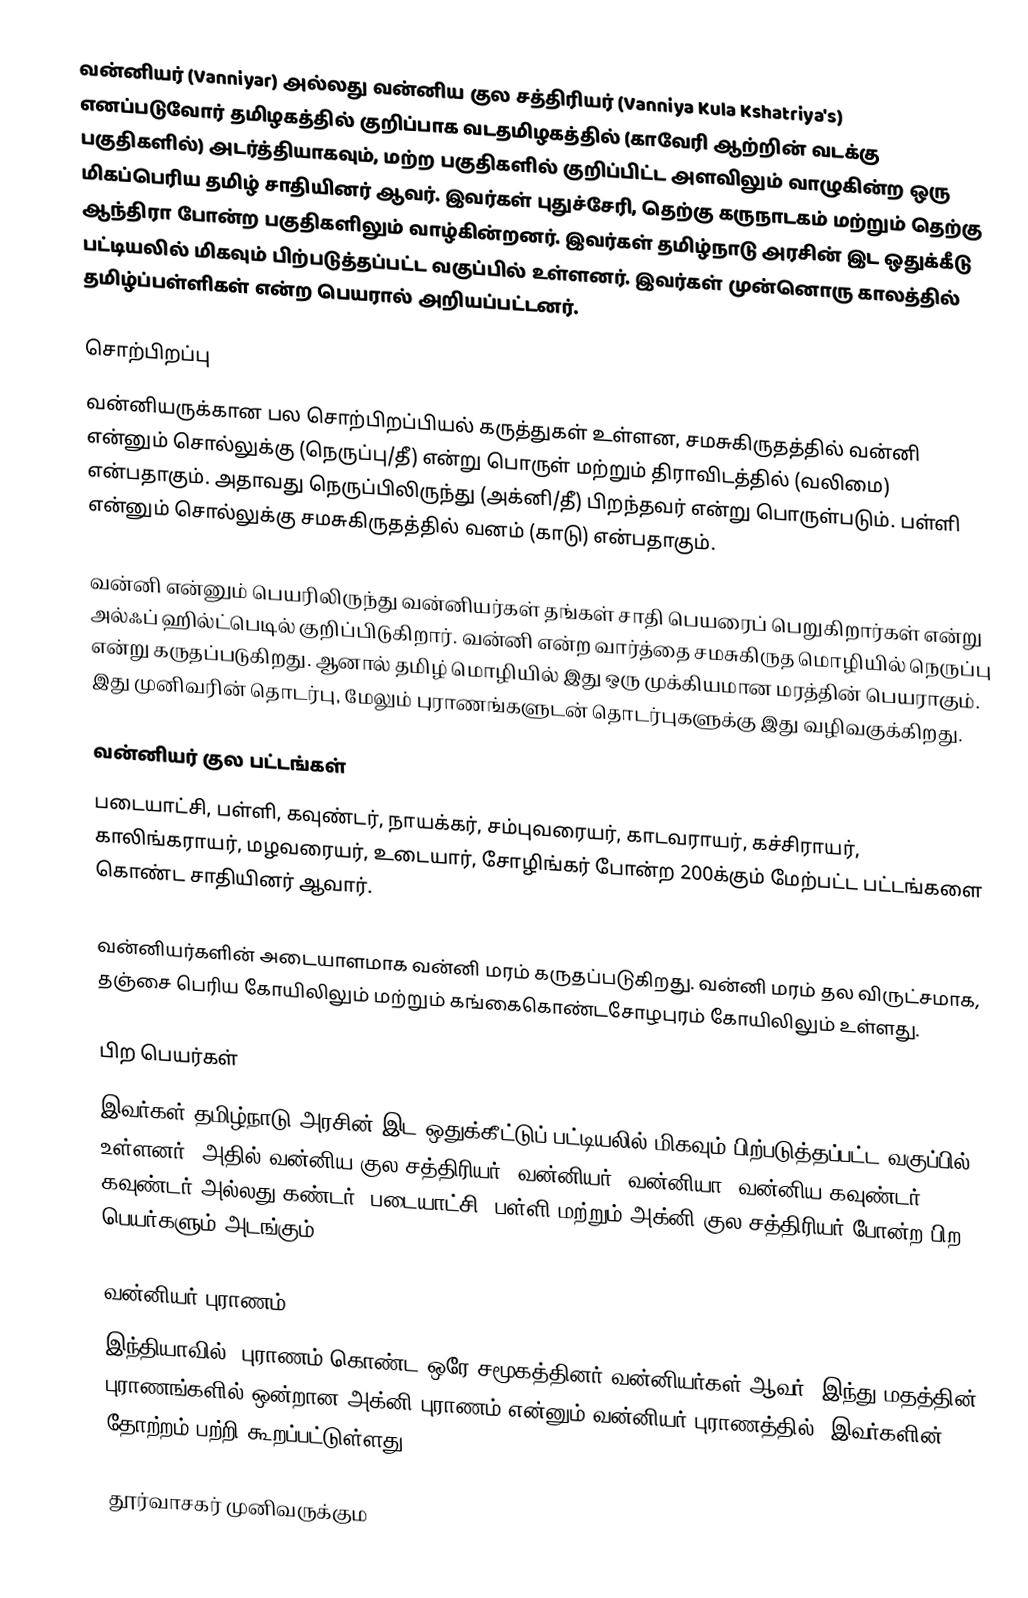
வன்னியர் (Vanniyar) அல்லது வன்னிய குல சத்திரியர் (Vanniya Kula Kshatriya's) எனப்படுவோர் தமிழகத்தில் குறிப்பாக வடதமிழகத்தில் (காவேரி ஆற்றின் வடக்கு பகுதிகளில்) அடர்த்தியாகவும், மற்ற பகுதிகளில் குறிப்பிட்ட அளவிலும் வாழுகின்ற ஒரு மிகப்பெரிய தமிழ் சாதியினர் ஆவர். இவர்கள் புதுச்சேரி, தெற்கு கருநாடகம் மற்றும் தெற்கு ஆந்திரா போன்ற பகுதிகளிலும் வாழ்கின்றனர். இவர்கள் தமிழ்நாடு அரசின் இட ஒதுக்கீடு பட்டியலில் மிகவும் பிற்படுத்தப்பட்ட வகுப்பில் உள்ளனர். இவர்கள் முன்னொரு காலத்தில் தமிழ்ப்பள்ளிகள்  என்ற பெயரால் அறியப்பட்டனர்.

சொற்பிறப்பு
வன்னியருக்கான பல சொற்பிறப்பியல் கருத்துகள் உள்ளன, சமசுகிருதத்தில் வன்னி என்னும் சொல்லுக்கு (நெருப்பு/தீ) என்று பொருள் மற்றும் திராவிடத்தில் (வலிமை) என்பதாகும். அதாவது நெருப்பிலிருந்து (அக்னி/தீ) பிறந்தவர் என்று பொருள்படும். பள்ளி என்னும் சொல்லுக்கு சமசுகிருதத்தில் வனம் (காடு) என்பதாகும்.

வன்னி என்னும் பெயரிலிருந்து வன்னியர்கள் தங்கள் சாதி பெயரைப் பெறுகிறார்கள் என்று அல்ஃப் ஹில்ட்பெடில் குறிப்பிடுகிறார். வன்னி என்ற வார்த்தை சமசுகிருத மொழியில் நெருப்பு என்று கருதப்படுகிறது. ஆனால் தமிழ் மொழியில் இது ஒரு முக்கியமான மரத்தின் பெயராகும். இது முனிவரின் தொடர்பு, மேலும் புராணங்களுடன் தொடர்புகளுக்கு இது வழிவகுக்கிறது.

வன்னியர் குல பட்டங்கள்
படையாட்சி, பள்ளி, கவுண்டர், நாயக்கர், சம்புவரையர், காடவராயர், கச்சிராயர், காலிங்கராயர், மழவரையர், உடையார், சோழிங்கர் போன்ற 200க்கும் மேற்பட்ட பட்டங்களை கொண்ட சாதியினர் ஆவார்.

வன்னியர்களின் அடையாளமாக வன்னி மரம் கருதப்படுகிறது. வன்னி மரம் தல விருட்சமாக, தஞ்சை பெரிய கோயிலிலும் மற்றும் கங்கைகொண்டசோழபுரம் கோயிலிலும் உள்ளது.

பிற பெயர்கள்
இவர்கள் தமிழ்நாடு அரசின் இட ஒதுக்கீட்டுப் பட்டியலில் மிகவும் பிற்படுத்தப்பட்ட வகுப்பில் உள்ளனர். அதில் வன்னிய குல சத்திரியர், வன்னியர், வன்னியா, வன்னிய கவுண்டர், கவுண்டர் அல்லது கண்டர், படையாட்சி, பள்ளி மற்றும் அக்னி குல சத்திரியர் போன்ற பிற பெயர்களும் அடங்கும்.

வன்னியர் புராணம்
இந்தியாவில், புராணம் கொண்ட ஒரே சமூகத்தினர் வன்னியர்கள் ஆவர். இந்து மதத்தின் 18 புராணங்களில் ஒன்றான அக்னி புராணம் என்னும் வன்னியர் புராணத்தில், இவர்களின் தோற்றம் பற்றி கூறப்பட்டுள்ளது.

தூர்வாசகர் முனிவருக்கும